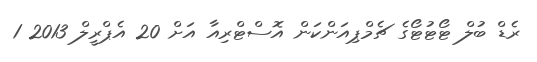
ރެޑް ބުލް ޓޯޓުޓޯގެ ޗެމްޕިއަންކަން އޮސްޓްރިއާ އަށް 20 އެޕްރީލް 2013 1